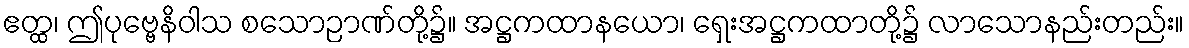
ဧတ္ထ၊ ဤပုဗ္ဗေနိဝါသ စသောဉာဏ်တို့၌။ အဋ္ဌကထာနယော၊ ရှေးအဋ္ဌကထာတို့၌ လာသောနည်းတည်း။